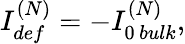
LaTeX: {I_{def}^{(N)}=-I_{0\, bulk}^{(N)},}